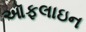
ઑફલાઇન